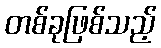
တစ်ခုဖြစ်သည့်